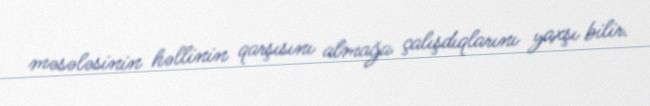
məsələsinin həllinin qarşısını almağa çalışdıqlarını yaxşı bilir.